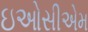
ઇઓસીએમ